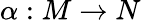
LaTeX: \alpha:M\to N